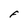
Character: F